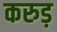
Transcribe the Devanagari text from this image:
करुड़